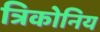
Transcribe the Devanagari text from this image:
त्रिकोनिय